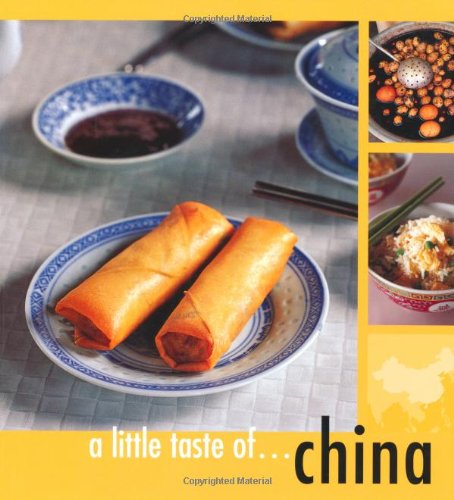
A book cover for A Little Taste of China; Murdoch Books Test Kitchen; Cookbooks, Food & Wine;